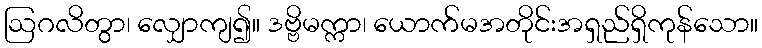
ဩဂလိတွာ၊ လျှောကျ၍။ ဒဗ္ဗိမက္ကာ၊ ယောက်မအတိုင်းအရှည်ရှိကုန်သော။